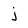
Character: j